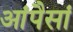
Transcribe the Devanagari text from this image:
आंपैसां